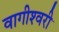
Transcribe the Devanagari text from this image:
वागीश्‍वरी